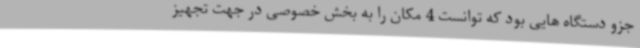
جزو دستگاه هایی بود که توانست 4 مکان را به بخش خصوصی در جهت تجهیز